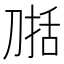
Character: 𰄷